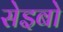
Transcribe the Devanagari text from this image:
सेइबो